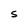
Character: S